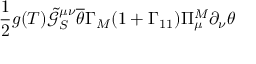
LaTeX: \frac { 1 } { 2 } g ( T ) \tilde { \mathcal { G } } _ { S } ^ { \mu \nu } \overline { { { \theta } } } \Gamma _ { M } ( 1 + \Gamma _ { 1 1 } ) \Pi _ { \mu } ^ { M } \partial _ { \nu } \theta